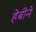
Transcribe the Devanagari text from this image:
हेबीने